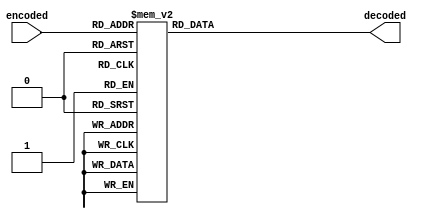
module decoder7to128(encoded, decoded);
	input [6:0] encoded;
	output reg [127:0] decoded;

	always @(*)
	case(encoded)
	7'd0   : decoded = 128'b1 << 1'd0;
	7'd1   : decoded = 128'b1 << 1'd1;
	7'd2   : decoded = 128'b1 << 2'd2;
	7'd3   : decoded = 128'b1 << 2'd3;
	7'd4   : decoded = 128'b1 << 3'd4;
	7'd5   : decoded = 128'b1 << 3'd5;
	7'd6   : decoded = 128'b1 << 3'd6;
	7'd7   : decoded = 128'b1 << 3'd7;
	7'd8   : decoded = 128'b1 << 4'd8;
	7'd9   : decoded = 128'b1 << 4'd9;
	7'd10  : decoded = 128'b1 << 4'd10;
	7'd11  : decoded = 128'b1 << 4'd11;
	7'd12  : decoded = 128'b1 << 4'd12;
	7'd13  : decoded = 128'b1 << 4'd13;
	7'd14  : decoded = 128'b1 << 4'd14;
	7'd15  : decoded = 128'b1 << 4'd15;
	7'd16  : decoded = 128'b1 << 5'd16;
	7'd17  : decoded = 128'b1 << 5'd17;
	7'd18  : decoded = 128'b1 << 5'd18;
	7'd19  : decoded = 128'b1 << 5'd19;
	7'd20  : decoded = 128'b1 << 5'd20;
	7'd21  : decoded = 128'b1 << 5'd21;
	7'd22  : decoded = 128'b1 << 5'd22;
	7'd23  : decoded = 128'b1 << 5'd23;
	7'd24  : decoded = 128'b1 << 5'd24;
	7'd25  : decoded = 128'b1 << 5'd25;
	7'd26  : decoded = 128'b1 << 5'd26;
	7'd27  : decoded = 128'b1 << 5'd27;
	7'd28  : decoded = 128'b1 << 5'd28;
	7'd29  : decoded = 128'b1 << 5'd29;
	7'd30  : decoded = 128'b1 << 5'd30;
	7'd31  : decoded = 128'b1 << 5'd31;
	7'd32  : decoded = 128'b1 << 6'd32;
	7'd33  : decoded = 128'b1 << 6'd33;
	7'd34  : decoded = 128'b1 << 6'd34;
	7'd35  : decoded = 128'b1 << 6'd35;
	7'd36  : decoded = 128'b1 << 6'd36;
	7'd37  : decoded = 128'b1 << 6'd37;
	7'd38  : decoded = 128'b1 << 6'd38;
	7'd39  : decoded = 128'b1 << 6'd39;
	7'd40  : decoded = 128'b1 << 6'd40;
	7'd41  : decoded = 128'b1 << 6'd41;
	7'd42  : decoded = 128'b1 << 6'd42;
	7'd43  : decoded = 128'b1 << 6'd43;
	7'd44  : decoded = 128'b1 << 6'd44;
	7'd45  : decoded = 128'b1 << 6'd45;
	7'd46  : decoded = 128'b1 << 6'd46;
	7'd47  : decoded = 128'b1 << 6'd47;
	7'd48  : decoded = 128'b1 << 6'd48;
	7'd49  : decoded = 128'b1 << 6'd49;
	7'd50  : decoded = 128'b1 << 6'd50;
	7'd51  : decoded = 128'b1 << 6'd51;
	7'd52  : decoded = 128'b1 << 6'd52;
	7'd53  : decoded = 128'b1 << 6'd53;
	7'd54  : decoded = 128'b1 << 6'd54;
	7'd55  : decoded = 128'b1 << 6'd55;
	7'd56  : decoded = 128'b1 << 6'd56;
	7'd57  : decoded = 128'b1 << 6'd57;
	7'd58  : decoded = 128'b1 << 6'd58;
	7'd59  : decoded = 128'b1 << 6'd59;
	7'd60  : decoded = 128'b1 << 6'd60;
	7'd61  : decoded = 128'b1 << 6'd61;
	7'd62  : decoded = 128'b1 << 6'd62;
	7'd63  : decoded = 128'b1 << 6'd63;
	7'd64  : decoded = 128'b1 << 7'd64;
	7'd65  : decoded = 128'b1 << 7'd65;
	7'd66  : decoded = 128'b1 << 7'd66;
	7'd67  : decoded = 128'b1 << 7'd67;
	7'd68  : decoded = 128'b1 << 7'd68;
	7'd69  : decoded = 128'b1 << 7'd69;
	7'd70  : decoded = 128'b1 << 7'd70;
	7'd71  : decoded = 128'b1 << 7'd71;
	7'd72  : decoded = 128'b1 << 7'd72;
	7'd73  : decoded = 128'b1 << 7'd73;
	7'd74  : decoded = 128'b1 << 7'd74;
	7'd75  : decoded = 128'b1 << 7'd75;
	7'd76  : decoded = 128'b1 << 7'd76;
	7'd77  : decoded = 128'b1 << 7'd77;
	7'd78  : decoded = 128'b1 << 7'd78;
	7'd79  : decoded = 128'b1 << 7'd79;
	7'd80  : decoded = 128'b1 << 7'd80;
	7'd81  : decoded = 128'b1 << 7'd81;
	7'd82  : decoded = 128'b1 << 7'd82;
	7'd83  : decoded = 128'b1 << 7'd83;
	7'd84  : decoded = 128'b1 << 7'd84;
	7'd85  : decoded = 128'b1 << 7'd85;
	7'd86  : decoded = 128'b1 << 7'd86;
	7'd87  : decoded = 128'b1 << 7'd87;
	7'd88  : decoded = 128'b1 << 7'd88;
	7'd89  : decoded = 128'b1 << 7'd89;
	7'd90  : decoded = 128'b1 << 7'd90;
	7'd91  : decoded = 128'b1 << 7'd91;
	7'd92  : decoded = 128'b1 << 7'd92;
	7'd93  : decoded = 128'b1 << 7'd93;
	7'd94  : decoded = 128'b1 << 7'd94;
	7'd95  : decoded = 128'b1 << 7'd95;
	7'd96  : decoded = 128'b1 << 7'd96;
	7'd97  : decoded = 128'b1 << 7'd97;
	7'd98  : decoded = 128'b1 << 7'd98;
	7'd99  : decoded = 128'b1 << 7'd99;
	7'd100 : decoded = 128'b1 << 7'd100;
	7'd101 : decoded = 128'b1 << 7'd101;
	7'd102 : decoded = 128'b1 << 7'd102;
	7'd103 : decoded = 128'b1 << 7'd103;
	7'd104 : decoded = 128'b1 << 7'd104;
	7'd105 : decoded = 128'b1 << 7'd105;
	7'd106 : decoded = 128'b1 << 7'd106;
	7'd107 : decoded = 128'b1 << 7'd107;
	7'd108 : decoded = 128'b1 << 7'd108;
	7'd109 : decoded = 128'b1 << 7'd109;
	7'd110 : decoded = 128'b1 << 7'd110;
	7'd111 : decoded = 128'b1 << 7'd111;
	7'd112 : decoded = 128'b1 << 7'd112;
	7'd113 : decoded = 128'b1 << 7'd113;
	7'd114 : decoded = 128'b1 << 7'd114;
	7'd115 : decoded = 128'b1 << 7'd115;
	7'd116 : decoded = 128'b1 << 7'd116;
	7'd117 : decoded = 128'b1 << 7'd117;
	7'd118 : decoded = 128'b1 << 7'd118;
	7'd119 : decoded = 128'b1 << 7'd119;
	7'd120 : decoded = 128'b1 << 7'd120;
	7'd121 : decoded = 128'b1 << 7'd121;
	7'd122 : decoded = 128'b1 << 7'd122;
	7'd123 : decoded = 128'b1 << 7'd123;
	7'd124 : decoded = 128'b1 << 7'd124;
	7'd125 : decoded = 128'b1 << 7'd125;
	7'd126 : decoded = 128'b1 << 7'd126;
	7'd127 : decoded = 128'b1 << 7'd127;
	endcase
endmodule